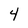
Character: 4